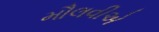
મૌલવીએ